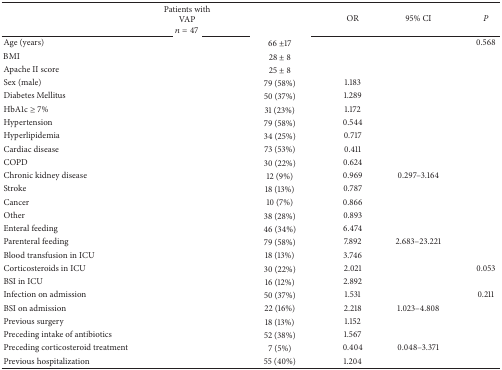
<table><thead><tr><td>[EMPTY_CELL]</td><td><b>Patients with VAP<i>n</i> = 47</b></td><td>[EMPTY_CELL]</td><td><b>OR</b></td><td><b>95% CI</b></td><td><b><i>P </i></b></td></tr></thead><tbody><tr><td>Age (years)</td><td>[EMPTY_CELL]</td><td>66 ±17</td><td>[EMPTY_CELL]</td><td>[EMPTY_CELL]</td><td>0.568 </td></tr><tr><td><i>Β</i>MI</td><td>[EMPTY_CELL]</td><td>28 ± 8</td><td>[EMPTY_CELL]</td><td>[EMPTY_CELL]</td><td>[EMPTY_CELL]</td></tr><tr><td>Apache II score</td><td>[EMPTY_CELL]</td><td>25 ± 8</td><td>[EMPTY_CELL]</td><td>[EMPTY_CELL]</td><td>[EMPTY_CELL]</td></tr><tr><td>Sex (male)</td><td>[EMPTY_CELL]</td><td>79 (58%)</td><td>1.183</td><td>[EMPTY_CELL]</td><td>[EMPTY_CELL]</td></tr><tr><td>Diabetes Mellitus</td><td>[EMPTY_CELL]</td><td>50 (37%)</td><td>1.289</td><td>[EMPTY_CELL]</td><td>[EMPTY_CELL]</td></tr><tr><td>HbA1c ≥ 7%</td><td>[EMPTY_CELL]</td><td>31 (23%)</td><td>1.172</td><td>[EMPTY_CELL]</td><td>[EMPTY_CELL]</td></tr><tr><td>Hypertension </td><td>[EMPTY_CELL]</td><td>79 (58%)</td><td>0.544</td><td>[EMPTY_CELL]</td><td>[EMPTY_CELL]</td></tr><tr><td>Hyperlipidemia </td><td>[EMPTY_CELL]</td><td>34 (25%)</td><td>0.717</td><td>[EMPTY_CELL]</td><td>[EMPTY_CELL]</td></tr><tr><td>Cardiac disease</td><td>[EMPTY_CELL]</td><td>73 (53%)</td><td>0.411</td><td>[EMPTY_CELL]</td><td>[EMPTY_CELL]</td></tr><tr><td>COPD </td><td>[EMPTY_CELL]</td><td>30 (22%)</td><td>0.624</td><td>[EMPTY_CELL]</td><td>[EMPTY_CELL]</td></tr><tr><td>Chronic kidney disease</td><td>[EMPTY_CELL]</td><td>12 (9%)</td><td>0.969</td><td>0.297–3.164</td><td>[EMPTY_CELL]</td></tr><tr><td>Stroke</td><td>[EMPTY_CELL]</td><td>18 (13%)</td><td>0.787</td><td>[EMPTY_CELL]</td><td>[EMPTY_CELL]</td></tr><tr><td>Cancer </td><td>[EMPTY_CELL]</td><td>10 (7%)</td><td>0.866</td><td>[EMPTY_CELL]</td><td>[EMPTY_CELL]</td></tr><tr><td>Other </td><td>[EMPTY_CELL]</td><td>38 (28%)</td><td>0.893</td><td>[EMPTY_CELL]</td><td>[EMPTY_CELL]</td></tr><tr><td>Enteral feeding </td><td>[EMPTY_CELL]</td><td>46 (34%)</td><td>6.474</td><td>[EMPTY_CELL]</td><td>[EMPTY_CELL]</td></tr><tr><td>Parenteral feeding</td><td>[EMPTY_CELL]</td><td>79 (58%)</td><td>7.892</td><td>2.683–23.221</td><td>[EMPTY_CELL]</td></tr><tr><td>Blood transfusion in ICU</td><td>[EMPTY_CELL]</td><td>18 (13%)</td><td>3.746</td><td>[EMPTY_CELL]</td><td>[EMPTY_CELL]</td></tr><tr><td>Corticosteroids in ICU</td><td>[EMPTY_CELL]</td><td>30 (22%)</td><td>2.021</td><td>[EMPTY_CELL]</td><td>0.053</td></tr><tr><td>BSI in ICU</td><td>[EMPTY_CELL]</td><td>16 (12%)</td><td>2.892</td><td>[EMPTY_CELL]</td><td>[EMPTY_CELL]</td></tr><tr><td>Infection on admission</td><td>[EMPTY_CELL]</td><td>50 (37%)</td><td>1.531</td><td>[EMPTY_CELL]</td><td>0.211</td></tr><tr><td>BSI on admission</td><td>[EMPTY_CELL]</td><td>22 (16%)</td><td>2.218</td><td>1.023–4.808</td><td>[EMPTY_CELL]</td></tr><tr><td>Previous surgery </td><td>[EMPTY_CELL]</td><td>18 (13%)</td><td>1.152</td><td>[EMPTY_CELL]</td><td>[EMPTY_CELL]</td></tr><tr><td>Preceding intake of antibiotics</td><td>[EMPTY_CELL]</td><td>52 (38%)</td><td>1.567</td><td>[EMPTY_CELL]</td><td>[EMPTY_CELL]</td></tr><tr><td>Preceding corticosteroid treatment</td><td>[EMPTY_CELL]</td><td>7 (5%)</td><td>0.404</td><td>0.048–3.371</td><td>[EMPTY_CELL]</td></tr><tr><td>Previous hospitalization</td><td>[EMPTY_CELL]</td><td>55 (40%)</td><td>1.204</td><td>[EMPTY_CELL]</td><td>[EMPTY_CELL]</td></tr></tbody></table>